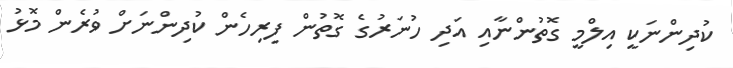
ކުދިންނަކީ އިލްމީ ގޮތުންނާއި އަދި ހުނަރުގެ ގޮތުން ފިރިހެން ކުދިންނަށް ވުރެން މޮޅު